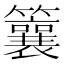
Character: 䉴